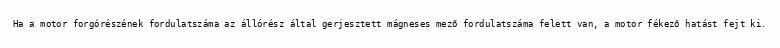
Ha a motor forgórészének fordulatszáma az állórész által gerjesztett mágneses mező fordulatszáma felett van, a motor fékező hatást fejt ki.